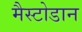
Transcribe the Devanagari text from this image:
मैस्टोडान